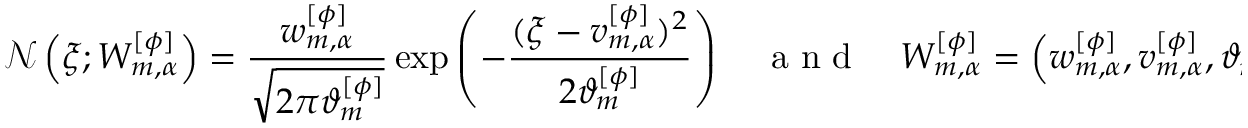
\mathcal { N } \left( \xi ; W _ { m , \alpha } ^ { [ \phi ] } \right) = \frac { w _ { m , \alpha } ^ { [ \phi ] } } { \sqrt { 2 \pi \vartheta _ { m } ^ { [ \phi ] } } } \exp \left( - \frac { ( \xi - v _ { m , \alpha } ^ { [ \phi ] } ) ^ { 2 } } { 2 \vartheta _ { m } ^ { [ \phi ] } } \right) \quad \mathrm { ~ a ~ n ~ d ~ } \quad W _ { m , \alpha } ^ { [ \phi ] } = \left( w _ { m , \alpha } ^ { [ \phi ] } , v _ { m , \alpha } ^ { [ \phi ] } , \vartheta _ { m } ^ { [ \phi ] } \right) \in \mathbb { R } ^ { 3 } .